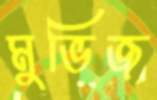
মুভিজ